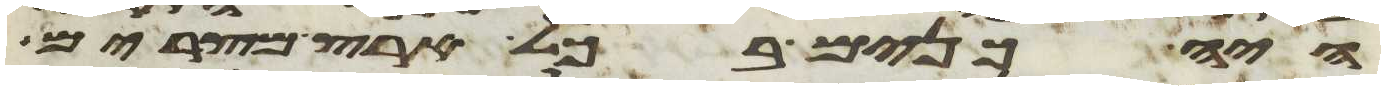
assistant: היה כנים בכל ארץ מצרים